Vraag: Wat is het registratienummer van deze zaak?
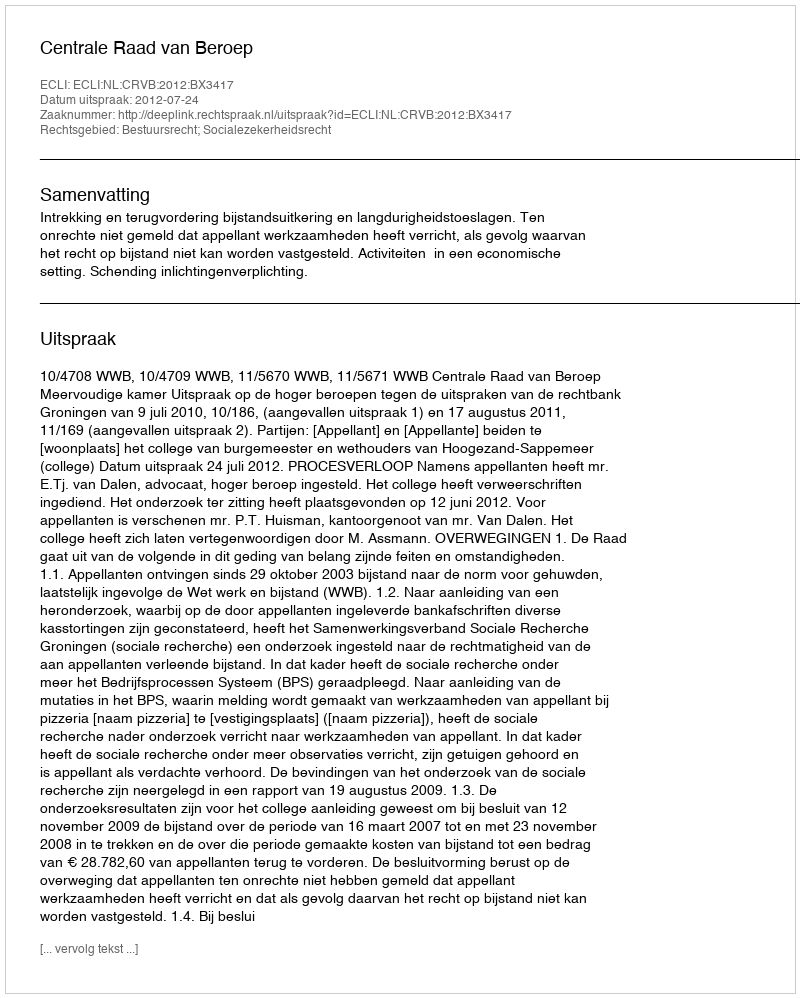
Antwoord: http://deeplink.rechtspraak.nl/uitspraak?id=ECLI:NL:CRVB:2012:BX3417